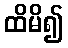
ထိမိ၍